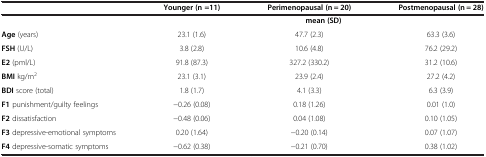
<table><thead><tr><td><b> </b></td><td><b>Younger (n =11)</b></td><td><b>Perimenopausal (n = 20)</b></td><td><b>Postmenopausal (n = 28)</b></td></tr></thead><tbody><tr><td> </td><td colspan="3"><b>mean (SD)</b></td></tr><tr><td><b>Age</b> (years)</td><td>23.1 (1.6)</td><td>47.7 (2.3)</td><td>63.3 (3.6)</td></tr><tr><td><b>FSH</b> (U/L)</td><td>3.8 (2.8)</td><td>10.6 (4.8)</td><td>76.2 (29.2)</td></tr><tr><td><b>E2</b> (pml/L)</td><td>91.8 (87.3)</td><td>327.2 (330.2)</td><td>31.2 (10.6)</td></tr><tr><td><b>BMI</b> kg/m<sup>2</sup></td><td>23.1 (3.1)</td><td>23.9 (2.4)</td><td>27.2 (4.2)</td></tr><tr><td><b>BDI</b> score (total)</td><td>1.8 (1.7)</td><td>4.1 (3.3)</td><td>6.3 (3.9)</td></tr><tr><td><b>F1</b> punishment/guilty feelings</td><td>−0.26 (0.08)</td><td>0.18 (1.26)</td><td>0.01 (1.0)</td></tr><tr><td><b>F2</b> dissatisfaction</td><td>−0.48 (0.06)</td><td>0.04 (1.08)</td><td>0.10 (1.05)</td></tr><tr><td><b>F3</b> depressive-emotional symptoms</td><td>0.20 (1.64)</td><td>−0.20 (0.14)</td><td>0.07 (1.07)</td></tr><tr><td><b>F4</b> depressive-somatic symptoms</td><td>−0.62 (0.38)</td><td>−0.21 (0.70)</td><td>0.38 (1.02)</td></tr></tbody></table>